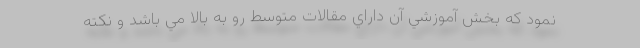
نمود كه بخش آموزشي آن داراي مقالات متوسط رو به بالا مي باشد و نكته